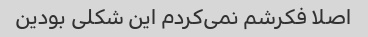
اصلا فکرشم نمی‌کردم این شکلی بودین